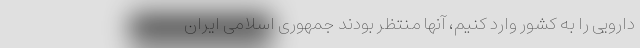
دارویی را به کشور وارد کنیم، آنها منتظر بودند جمهوری اسلامی ایران